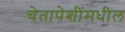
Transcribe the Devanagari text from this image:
चेतापेशींमधील